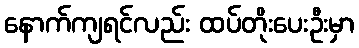
နောက်ကျရင်လည်း ထပ်တိုးပေးဦးမှာ